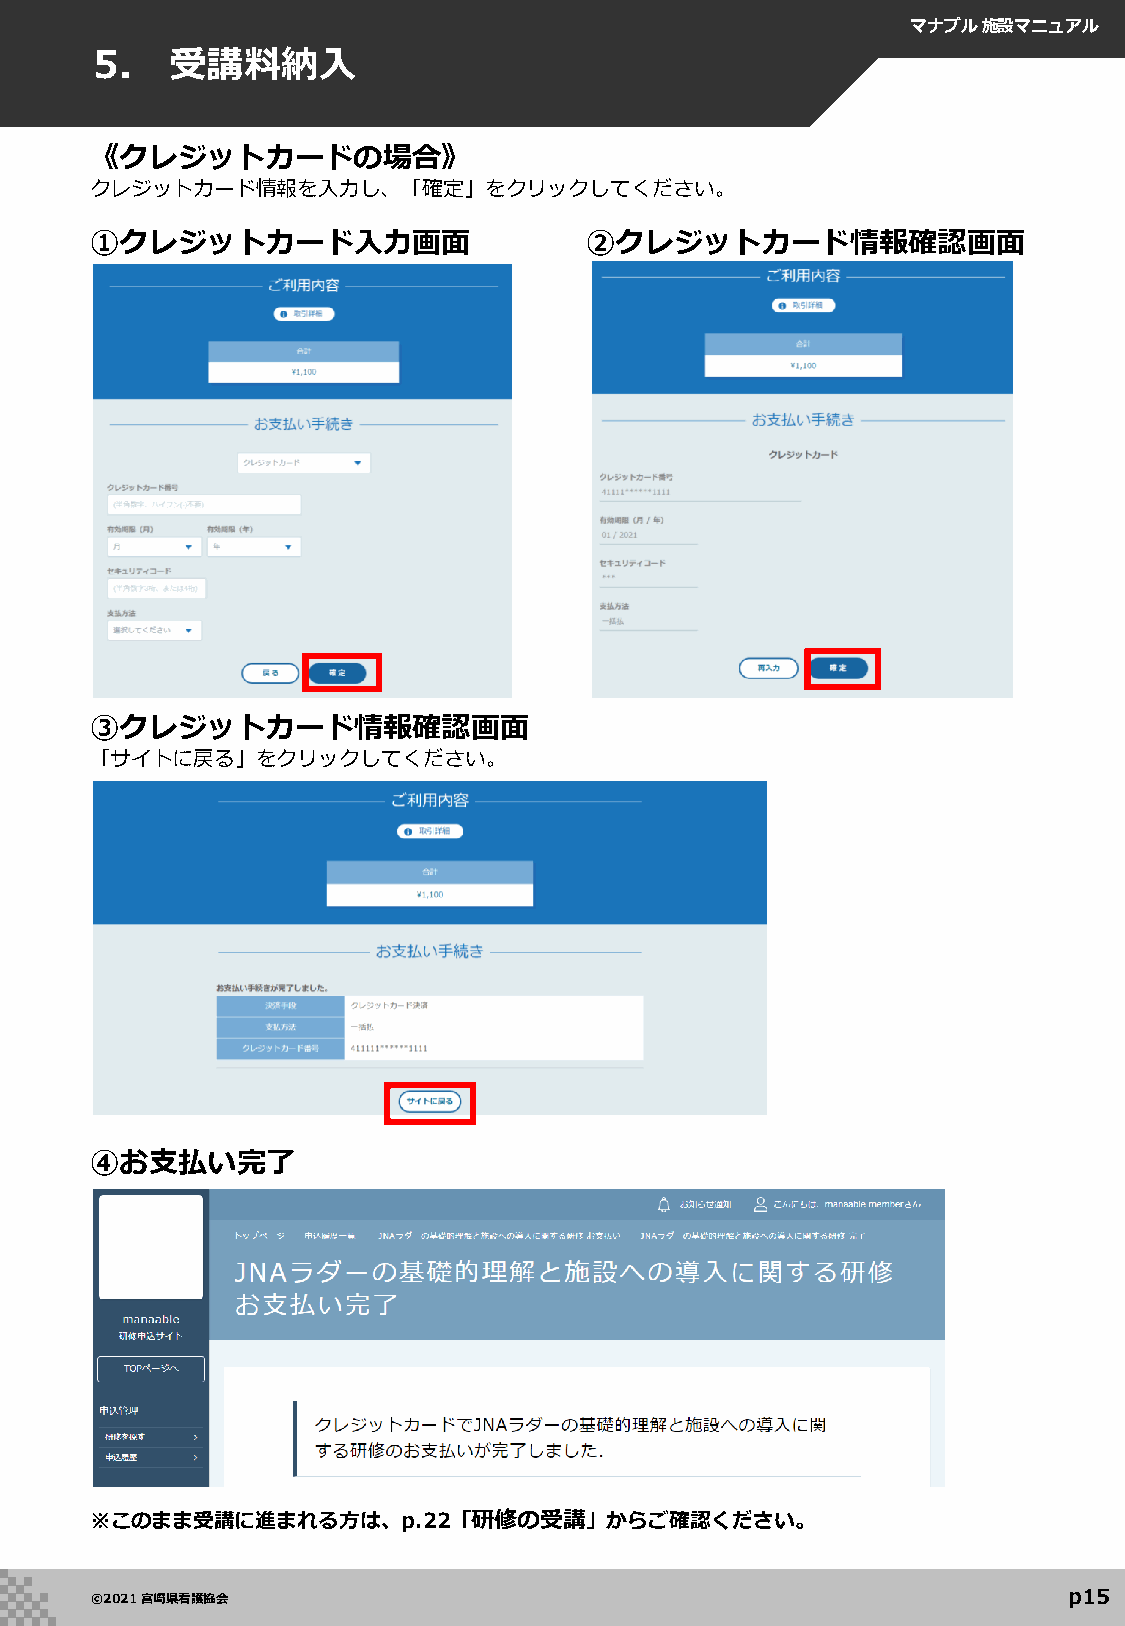
マナブル施設マニュアル
 5.   受講料納入
 《クレジットカードの場合》
 クレジットカード情報を入力し、「確定」をクリックしてください。
 ①クレジットカード入力画面                    ②クレジットカード情報確認画面
 ③クレジットカード情報確認画面
 「サイトに戻る」をクリックしてください。
 ④お支払い完了
 ※このまま受講に進まれる方は、p.22「研修の受講」からご確認ください。
 p15
 ©2021 宮崎県看護協会